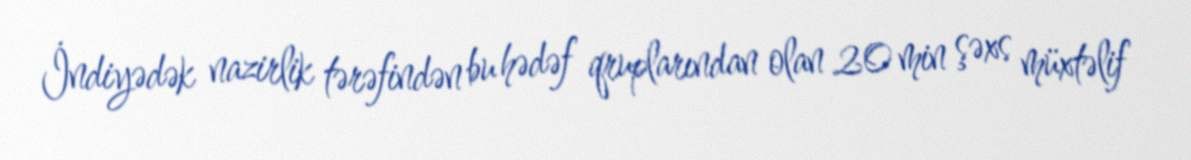
İndiyədək nazirlik tərəfindən bu hədəf qruplarından olan 20 min şəxs müxtəlif